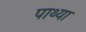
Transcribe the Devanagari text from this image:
पाथ्या